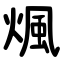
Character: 煈